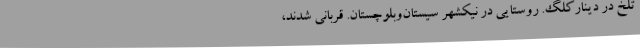
تلخ در دینارکلگ. روستایی در نیکشهر سیستان‌وبلوچستان. قربانی شدند،